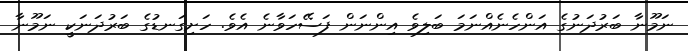
ނަމޫނާ ބަރުދަނުގެ އަންހެނެއްނަމަ ބަލިވެ އިންނަން ފަސޭހަވާނެ އެވެ. ހަށިގަނޑުގެ ބަރުދަނަކީ ނަމޫނާ